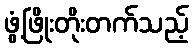
ဖွံ့ဖြိုးတိုးတက်သည့်